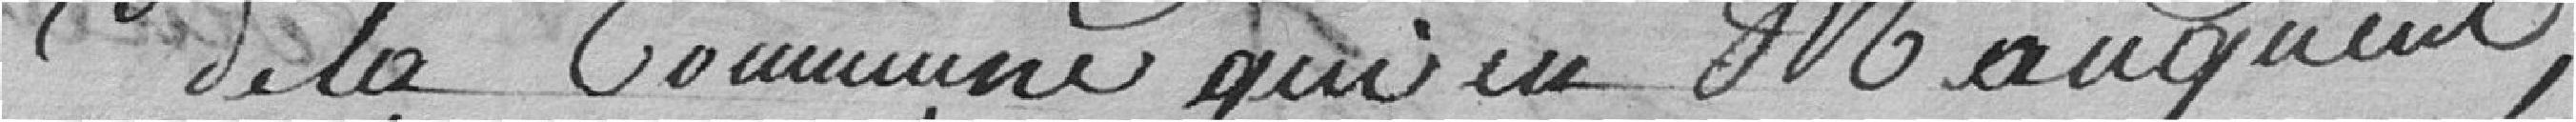
de la commune qui en manquent